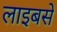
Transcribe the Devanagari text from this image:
लाइबसे